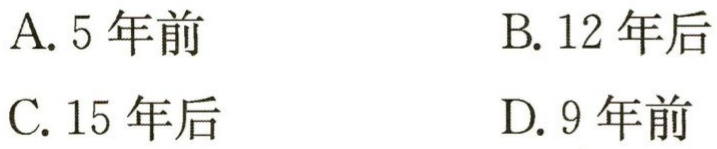
A. 5 年前

B. 12 年后

C. 15 年后

D. 9 年前